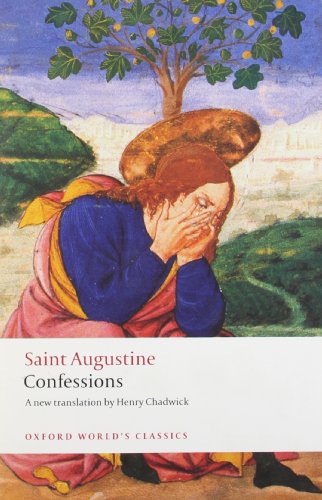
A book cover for Confessions (Oxford World's Classics); Saint Augustine; Biographies & Memoirs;